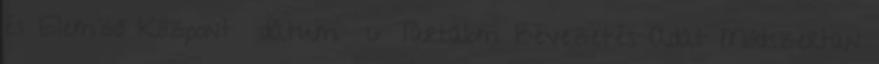
és Elemző Központ dátum 6 Tartalom Bevezetés Adat Módszertan